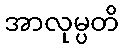
အာလုမ္ပတိ